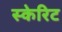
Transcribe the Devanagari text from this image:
स्केरिट